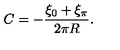
C = - { \frac { \xi _ { 0 } + \xi _ { \pi } } { 2 \pi R } } .